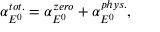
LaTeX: \alpha _ { E ^ { 0 } } ^ { t o t . } = \alpha _ { E ^ { 0 } } ^ { z e r o } + \alpha _ { E ^ { 0 } } ^ { p h y s . } ,